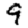
Digit: 9